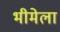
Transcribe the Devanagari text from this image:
भीमेला